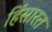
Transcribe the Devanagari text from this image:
हिंसारत